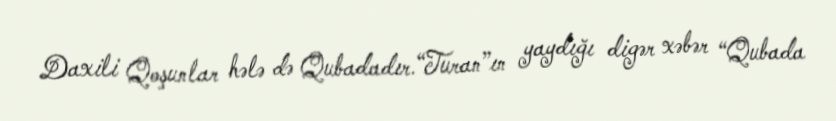
Daxili Qoşunlar hələ də Qubadadır.“Turan”ın yaydığı digər xəbər “Qubada